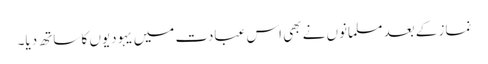
نماز کے بعد مسلمانوں نے بھی اس عبادت میں یہودیوں کا ساتھ دیا۔